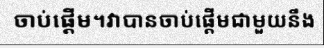
ចាប់ផ្តើម។វាបានចាប់ផ្តើមជាមួយនឹង